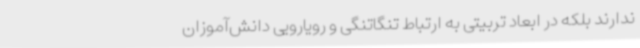
ندارند بلکه در ابعاد تربیتی به ارتباط تنگاتنگی و رویارویی دانش‌آموزان